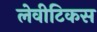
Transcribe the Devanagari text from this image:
लेवीटिकस